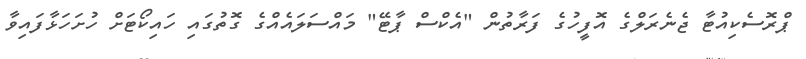
ޕްރޮސެކިއުޓާ ޖެނެރަލްގެ އޮފީހުގެ ފަރާތުން "އެކްސް ޕާޓޭ" މައްސަލައެއްގެ ގޮތުގައި ހައިކޯޓަށް ހުށަހަޅާފައިވާ